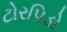
ટોરપિડો